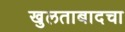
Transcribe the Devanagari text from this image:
खुलताबादचा